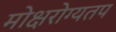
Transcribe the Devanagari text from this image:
मोक्षरोग्यतप